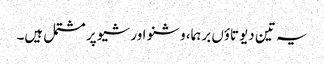
یہ تین دیوتاؤں برہما، وشنو اور شیو پر مشتمل ہیں۔